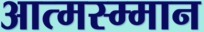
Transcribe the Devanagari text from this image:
आत्मस्म्मान